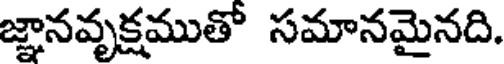
జ్ఞానవృక్షముతో సమానమైనది.